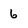
Character: 6